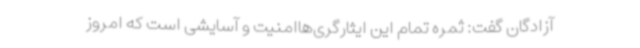
آزادگان گفت: ثمره تمام این ایثارگری‌هاامنیت و آسایشی است که امروز